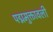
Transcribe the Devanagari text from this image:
पद्ममुक्तावली